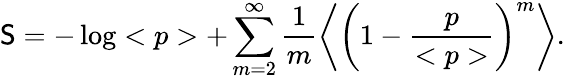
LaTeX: \mathsf{S}=-\log<p>+\sum_{m=2}^{\infty}\frac{{1}}{{m}}\left<\left(1-\frac{{p}}{{<p>}}\right)^{m}\right>.